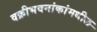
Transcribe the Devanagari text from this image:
वक्रीभवनांकांमधील